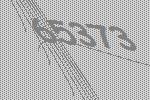
65373